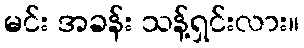
မင်း အခန်း သန့်ရှင်းလား။